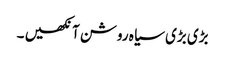
بڑی بڑی سیا ہ روشن آنکھیں ۔